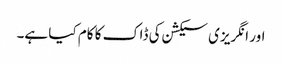
اور انگریزی سیکشن کی ڈاک کا کام کیا ہے۔